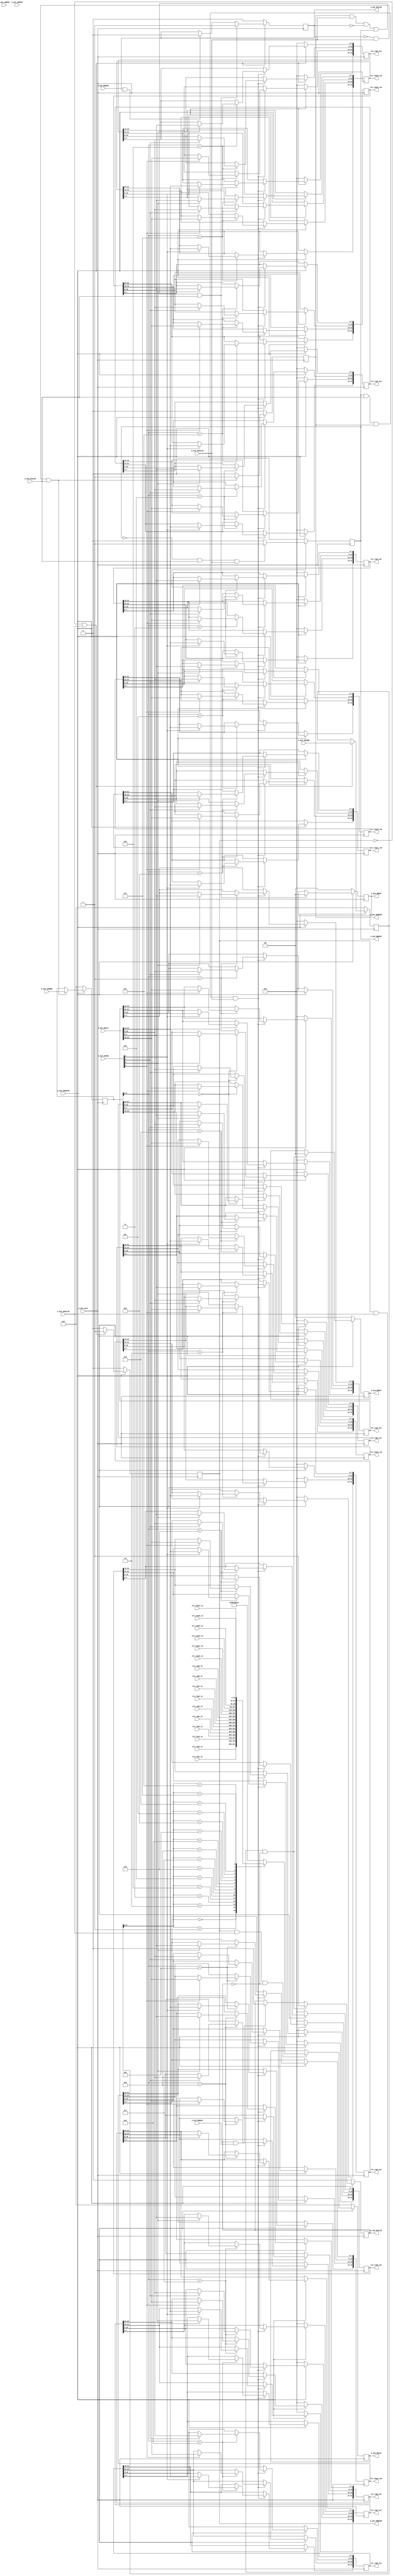

`timescale 1 ns / 1 ps

    module axi4lite_slave #
    (
        // Users to add parameters here

        // User parameters ends
        // Do not modify the parameters beyond this line

        // Width of S_AXI data bus
        parameter integer AXIS_DATA_WIDTH    = 32,
        // Width of S_AXI address bus
        parameter integer AXIS_ADDR_WIDTH    = 32
    )
    (
        // Users to add ports here
        input  wire [AXIS_DATA_WIDTH-1:0] slv_reg0_in,
        output reg  [AXIS_DATA_WIDTH-1:0] slv_reg0_out,

        input  wire [AXIS_DATA_WIDTH-1:0] slv_reg1_in,
        output reg  [AXIS_DATA_WIDTH-1:0] slv_reg1_out,

        input  wire [AXIS_DATA_WIDTH-1:0] slv_reg2_in,
        output reg  [AXIS_DATA_WIDTH-1:0] slv_reg2_out,

        input  wire [AXIS_DATA_WIDTH-1:0] slv_reg3_in,
        output reg  [AXIS_DATA_WIDTH-1:0] slv_reg3_out,

        input  wire [AXIS_DATA_WIDTH-1:0] slv_reg4_in,
        output reg  [AXIS_DATA_WIDTH-1:0] slv_reg4_out,

        input  wire [AXIS_DATA_WIDTH-1:0] slv_reg5_in,
        output reg  [AXIS_DATA_WIDTH-1:0] slv_reg5_out,

        input  wire [AXIS_DATA_WIDTH-1:0] slv_reg6_in,
        output reg  [AXIS_DATA_WIDTH-1:0] slv_reg6_out,

        input  wire [AXIS_DATA_WIDTH-1:0] slv_reg7_in,
        output reg  [AXIS_DATA_WIDTH-1:0] slv_reg7_out,

        input  wire [AXIS_DATA_WIDTH-1:0] slv_reg8_in,
        output reg  [AXIS_DATA_WIDTH-1:0] slv_reg8_out,

        input  wire [AXIS_DATA_WIDTH-1:0] slv_reg9_in,
        output reg  [AXIS_DATA_WIDTH-1:0] slv_reg9_out,

        input  wire [AXIS_DATA_WIDTH-1:0] slv_reg10_in,
        output reg  [AXIS_DATA_WIDTH-1:0] slv_reg10_out,

        input  wire [AXIS_DATA_WIDTH-1:0] slv_reg11_in,
        output reg  [AXIS_DATA_WIDTH-1:0] slv_reg11_out,

        input  wire [AXIS_DATA_WIDTH-1:0] slv_reg12_in,
        output reg  [AXIS_DATA_WIDTH-1:0] slv_reg12_out,

        input  wire [AXIS_DATA_WIDTH-1:0] slv_reg13_in,
        output reg  [AXIS_DATA_WIDTH-1:0] slv_reg13_out,

        input  wire [AXIS_DATA_WIDTH-1:0] slv_reg14_in,
        output reg  [AXIS_DATA_WIDTH-1:0] slv_reg14_out,

        input  wire [AXIS_DATA_WIDTH-1:0] slv_reg15_in,
        output reg  [AXIS_DATA_WIDTH-1:0] slv_reg15_out,

        // User ports ends
        // Do not modify the ports beyond this line

        // Global Clock Signal
        input wire  S_AXI_ACLK,
        // Global Reset Signal. This Signal is Active LOW
        input wire  S_AXI_ARESETN,
        // Write address (issued by master, acceped by Slave)
        input wire [AXIS_ADDR_WIDTH-1 : 0] S_AXI_AWADDR,
        // Write channel Protection type. This signal indicates the
            // privilege and security level of the transaction, and whether
            // the transaction is a data access or an instruction access.
        input wire [2 : 0] S_AXI_AWPROT,
        // Write address valid. This signal indicates that the master signaling
            // valid write address and control information.
        input wire  S_AXI_AWVALID,
        // Write address ready. This signal indicates that the slave is ready
            // to accept an address and associated control signals.
        output wire  S_AXI_AWREADY,
        // Write data (issued by master, acceped by Slave)
        input wire [AXIS_DATA_WIDTH-1 : 0] S_AXI_WDATA,
        // Write strobes. This signal indicates which byte lanes hold
            // valid data. There is one write strobe bit for each eight
            // bits of the write data bus.
        input wire [(AXIS_DATA_WIDTH/8)-1 : 0] S_AXI_WSTRB,
        // Write valid. This signal indicates that valid write
            // data and strobes are available.
        input wire  S_AXI_WVALID,
        // Write ready. This signal indicates that the slave
            // can accept the write data.
        output wire  S_AXI_WREADY,
        // Write response. This signal indicates the status
            // of the write transaction.
        output wire [1 : 0] S_AXI_BRESP,
        // Write response valid. This signal indicates that the channel
            // is signaling a valid write response.
        output wire  S_AXI_BVALID,
        // Response ready. This signal indicates that the master
            // can accept a write response.
        input wire  S_AXI_BREADY,
        // Read address (issued by master, acceped by Slave)
        input wire [AXIS_ADDR_WIDTH-1 : 0] S_AXI_ARADDR,
        // Protection type. This signal indicates the privilege
            // and security level of the transaction, and whether the
            // transaction is a data access or an instruction access.
        input wire [2 : 0] S_AXI_ARPROT,
        // Read address valid. This signal indicates that the channel
            // is signaling valid read address and control information.
        input wire  S_AXI_ARVALID,
        // Read address ready. This signal indicates that the slave is
            // ready to accept an address and associated control signals.
        output wire  S_AXI_ARREADY,
        // Read data (issued by slave)
        output wire [AXIS_DATA_WIDTH-1 : 0] S_AXI_RDATA,
        // Read response. This signal indicates the status of the
            // read transfer.
        output wire [1 : 0] S_AXI_RRESP,
        // Read valid. This signal indicates that the channel is
            // signaling the required read data.
        output wire  S_AXI_RVALID,
        // Read ready. This signal indicates that the master can
            // accept the read data and response information.
        input wire  S_AXI_RREADY
    );

    // AXI4LITE signals
    reg [AXIS_ADDR_WIDTH-1 : 0]     axi_awaddr;
    reg      axi_awready;
    reg      axi_wready;
    reg [1 : 0]     axi_bresp;
    reg      axi_bvalid;
    reg [AXIS_ADDR_WIDTH-1 : 0]     axi_araddr;
    reg      axi_arready;
    reg [AXIS_DATA_WIDTH-1 : 0]     axi_rdata;
    reg [1 : 0]     axi_rresp;
    reg      axi_rvalid;


    reg [AXIS_DATA_WIDTH-1:0]    slv_reg0_d;

    // Example-specific design signals
    // local parameter for addressing 32 bit / 64 bit AXIS_DATA_WIDTH
    // ADDR_LSB is used for addressing 32/64 bit registers/memories
    // ADDR_LSB = 2 for 32 bits (n downto 2)
    // ADDR_LSB = 3 for 64 bits (n downto 3)
    localparam integer ADDR_LSB = (AXIS_DATA_WIDTH/32) + 1;
    localparam integer OPT_MEM_ADDR_BITS = 4;
    //----------------------------------------------
    //-- Signals for user logic register space example
    //------------------------------------------------
    //-- Number of Slave Registers 8
    //reg [AXIS_DATA_WIDTH-1:0]    slv_reg0;
    //reg [AXIS_DATA_WIDTH-1:0]    slv_reg1;
    //reg [AXIS_DATA_WIDTH-1:0]    slv_reg2;
    //reg [AXIS_DATA_WIDTH-1:0]    slv_reg3;
    //reg [AXIS_DATA_WIDTH-1:0]    slv_reg4;
    //reg [AXIS_DATA_WIDTH-1:0]    slv_reg5;
    //reg [AXIS_DATA_WIDTH-1:0]    slv_reg6;
    //reg [AXIS_DATA_WIDTH-1:0]    slv_reg7;
    wire     slv_reg_rden;
    wire     slv_reg_wren;
    reg [AXIS_DATA_WIDTH-1:0]     reg_data_out;
    integer     byte_index;

    // Invoke the accelerator
    //reg [AXIS_DATA_WIDTH-1:0]    num_transactions;
//    reg     num_transactions;
    // I/O Connections assignments

    assign S_AXI_AWREADY    = axi_awready;
    assign S_AXI_WREADY    = axi_wready;
    assign S_AXI_BRESP    = axi_bresp;
    assign S_AXI_BVALID    = axi_bvalid;
    assign S_AXI_ARREADY    = axi_arready;
    assign S_AXI_RDATA    = axi_rdata;
    assign S_AXI_RRESP    = axi_rresp;
    assign S_AXI_RVALID    = axi_rvalid;
    // Implement axi_awready generation
    // axi_awready is asserted for one S_AXI_ACLK clock cycle when both
    // S_AXI_AWVALID and S_AXI_WVALID are asserted. axi_awready is
    // de-asserted when reset is low.

    always @( posedge S_AXI_ACLK )
    begin
      if ( S_AXI_ARESETN == 1'b0 )
        begin
          axi_awready <= 1'b0;
        end
      else
        begin
          if (~axi_awready && S_AXI_AWVALID && S_AXI_WVALID)
            begin
              // slave is ready to accept write address when
              // there is a valid write address and write data
              // on the write address and data bus. This design
              // expects no outstanding transactions.
              axi_awready <= 1'b1;
            end
          else
            begin
              axi_awready <= 1'b0;
            end
        end
    end

    // Implement axi_awaddr latching
    // This process is used to latch the address when both
    // S_AXI_AWVALID and S_AXI_WVALID are valid.

    always @( posedge S_AXI_ACLK )
    begin
      if ( S_AXI_ARESETN == 1'b0 )
        begin
          axi_awaddr <= 0;
        end
      else
        begin
          if (~axi_awready && S_AXI_AWVALID && S_AXI_WVALID)
            begin
              // Write Address latching
              axi_awaddr <= S_AXI_AWADDR;
            end
        end
    end

    // Implement axi_wready generation
    // axi_wready is asserted for one S_AXI_ACLK clock cycle when both
    // S_AXI_AWVALID and S_AXI_WVALID are asserted. axi_wready is
    // de-asserted when reset is low.

    always @( posedge S_AXI_ACLK )
    begin
      if ( S_AXI_ARESETN == 1'b0 )
        begin
          axi_wready <= 1'b0;
        end
      else
        begin
          if (~axi_wready && S_AXI_WVALID && S_AXI_AWVALID)
            begin
              // slave is ready to accept write data when
              // there is a valid write address and write data
              // on the write address and data bus. This design
              // expects no outstanding transactions.
              axi_wready <= 1'b1;
            end
          else
            begin
              axi_wready <= 1'b0;
            end
        end
    end

    // Implement memory mapped register select and write logic generation
    // The write data is accepted and written to memory mapped registers when
    // axi_awready, S_AXI_WVALID, axi_wready and S_AXI_WVALID are asserted. Write strobes are used to
    // select byte enables of slave registers while writing.
    // These registers are cleared when reset (active low) is applied.
    // Slave register write enable is asserted when valid address and data are available
    // and the slave is ready to accept the write address and write data.
    assign slv_reg_wren = axi_wready && S_AXI_WVALID && axi_awready && S_AXI_AWVALID;

    always @( posedge S_AXI_ACLK )
    begin
      if ( S_AXI_ARESETN == 1'b0 )
        begin
          slv_reg0_out <= 0;
          slv_reg1_out <= 0;
          slv_reg2_out <= 0;
          slv_reg3_out <= 0;
          slv_reg4_out <= 0;
          slv_reg5_out <= 0;
          slv_reg6_out <= 0;
          slv_reg7_out <= 0;
        end
      else begin
        if (slv_reg_wren)
          begin
            case ( axi_awaddr[ADDR_LSB+OPT_MEM_ADDR_BITS:ADDR_LSB] )
              4'd0:
                for ( byte_index = 0; byte_index <= (AXIS_DATA_WIDTH/8)-1; byte_index = byte_index+1 )
                  if ( S_AXI_WSTRB[byte_index] == 1 ) begin
                    // Respective byte enables are asserted as per write strobes
                    // Slave register 0
                    slv_reg0_out[(byte_index*8) +: 8] <= S_AXI_WDATA[(byte_index*8) +: 8];
                  end
              4'd1:
                for ( byte_index = 0; byte_index <= (AXIS_DATA_WIDTH/8)-1; byte_index = byte_index+1 )
                  if ( S_AXI_WSTRB[byte_index] == 1 ) begin
                    // Respective byte enables are asserted as per write strobes
                    // Slave register 1
                    slv_reg1_out[(byte_index*8) +: 8] <= S_AXI_WDATA[(byte_index*8) +: 8];
                  end
              4'd2:
                for ( byte_index = 0; byte_index <= (AXIS_DATA_WIDTH/8)-1; byte_index = byte_index+1 )
                  if ( S_AXI_WSTRB[byte_index] == 1 ) begin
                    // Respective byte enables are asserted as per write strobes
                    // Slave register 2
                    slv_reg2_out[(byte_index*8) +: 8] <= S_AXI_WDATA[(byte_index*8) +: 8];
                  end
              4'd3:
                for ( byte_index = 0; byte_index <= (AXIS_DATA_WIDTH/8)-1; byte_index = byte_index+1 )
                  if ( S_AXI_WSTRB[byte_index] == 1 ) begin
                    // Respective byte enables are asserted as per write strobes
                    // Slave register 3
                    slv_reg3_out[(byte_index*8) +: 8] <= S_AXI_WDATA[(byte_index*8) +: 8];
                  end
              4'd4:
                for ( byte_index = 0; byte_index <= (AXIS_DATA_WIDTH/8)-1; byte_index = byte_index+1 )
                  if ( S_AXI_WSTRB[byte_index] == 1 ) begin
                    // Respective byte enables are asserted as per write strobes
                    // Slave register 4
                    slv_reg4_out[(byte_index*8) +: 8] <= S_AXI_WDATA[(byte_index*8) +: 8];
                  end
              4'd5:
                for ( byte_index = 0; byte_index <= (AXIS_DATA_WIDTH/8)-1; byte_index = byte_index+1 )
                  if ( S_AXI_WSTRB[byte_index] == 1 ) begin
                    // Respective byte enables are asserted as per write strobes
                    // Slave register 5
                    slv_reg5_out[(byte_index*8) +: 8] <= S_AXI_WDATA[(byte_index*8) +: 8];
                  end
              4'd6:
                for ( byte_index = 0; byte_index <= (AXIS_DATA_WIDTH/8)-1; byte_index = byte_index+1 )
                  if ( S_AXI_WSTRB[byte_index] == 1 ) begin
                    // Respective byte enables are asserted as per write strobes
                    // Slave register 6
                    slv_reg6_out[(byte_index*8) +: 8] <= S_AXI_WDATA[(byte_index*8) +: 8];
                  end
              4'd7:
                for ( byte_index = 0; byte_index <= (AXIS_DATA_WIDTH/8)-1; byte_index = byte_index+1 )
                  if ( S_AXI_WSTRB[byte_index] == 1 ) begin
                    // Respective byte enables are asserted as per write strobes
                    // Slave register 7
                    slv_reg7_out[(byte_index*8) +: 8] <= S_AXI_WDATA[(byte_index*8) +: 8];
                  end
              4'd8:
                for ( byte_index = 0; byte_index <= (AXIS_DATA_WIDTH/8)-1; byte_index = byte_index+1 )
                  if ( S_AXI_WSTRB[byte_index] == 1 ) begin
                    // Respective byte enables are asserted as per write strobes
                    // Slave register 0
                    slv_reg8_out[(byte_index*8) +: 8] <= S_AXI_WDATA[(byte_index*8) +: 8];
                  end
              4'd9:
                for ( byte_index = 0; byte_index <= (AXIS_DATA_WIDTH/8)-1; byte_index = byte_index+1 )
                  if ( S_AXI_WSTRB[byte_index] == 1 ) begin
                    // Respective byte enables are asserted as per write strobes
                    // Slave register 1
                    slv_reg9_out[(byte_index*8) +: 8] <= S_AXI_WDATA[(byte_index*8) +: 8];
                  end
              4'd10:
                for ( byte_index = 0; byte_index <= (AXIS_DATA_WIDTH/8)-1; byte_index = byte_index+1 )
                  if ( S_AXI_WSTRB[byte_index] == 1 ) begin
                    // Respective byte enables are asserted as per write strobes
                    // Slave register 2
                    slv_reg10_out[(byte_index*8) +: 8] <= S_AXI_WDATA[(byte_index*8) +: 8];
                  end
              4'd11:
                for ( byte_index = 0; byte_index <= (AXIS_DATA_WIDTH/8)-1; byte_index = byte_index+1 )
                  if ( S_AXI_WSTRB[byte_index] == 1 ) begin
                    // Respective byte enables are asserted as per write strobes
                    // Slave register 3
                    slv_reg11_out[(byte_index*8) +: 8] <= S_AXI_WDATA[(byte_index*8) +: 8];
                  end
              4'd12:
                for ( byte_index = 0; byte_index <= (AXIS_DATA_WIDTH/8)-1; byte_index = byte_index+1 )
                  if ( S_AXI_WSTRB[byte_index] == 1 ) begin
                    // Respective byte enables are asserted as per write strobes
                    // Slave register 4
                    slv_reg12_out[(byte_index*8) +: 8] <= S_AXI_WDATA[(byte_index*8) +: 8];
                  end
              4'd13:
                for ( byte_index = 0; byte_index <= (AXIS_DATA_WIDTH/8)-1; byte_index = byte_index+1 )
                  if ( S_AXI_WSTRB[byte_index] == 1 ) begin
                    // Respective byte enables are asserted as per write strobes
                    // Slave register 5
                    slv_reg13_out[(byte_index*8) +: 8] <= S_AXI_WDATA[(byte_index*8) +: 8];
                  end
              4'd14:
                for ( byte_index = 0; byte_index <= (AXIS_DATA_WIDTH/8)-1; byte_index = byte_index+1 )
                  if ( S_AXI_WSTRB[byte_index] == 1 ) begin
                    // Respective byte enables are asserted as per write strobes
                    // Slave register 6
                    slv_reg14_out[(byte_index*8) +: 8] <= S_AXI_WDATA[(byte_index*8) +: 8];
                  end
              4'd15:
                for ( byte_index = 0; byte_index <= (AXIS_DATA_WIDTH/8)-1; byte_index = byte_index+1 )
                  if ( S_AXI_WSTRB[byte_index] == 1 ) begin
                    // Respective byte enables are asserted as per write strobes
                    // Slave register 7
                    slv_reg15_out[(byte_index*8) +: 8] <= S_AXI_WDATA[(byte_index*8) +: 8];
                  end
              default : begin
                          slv_reg0_out <= slv_reg0_out;
                          slv_reg1_out <= slv_reg1_out;
                          slv_reg2_out <= slv_reg2_out;
                          slv_reg3_out <= slv_reg3_out;
                          slv_reg4_out <= slv_reg4_out;
                          slv_reg5_out <= slv_reg5_out;
                          slv_reg6_out <= slv_reg6_out;
                          slv_reg7_out <= slv_reg7_out;
                        end
            endcase
          end
      end
    end

    // Implement write response logic generation
    // The write response and response valid signals are asserted by the slave
    // when axi_wready, S_AXI_WVALID, axi_wready and S_AXI_WVALID are asserted.
    // This marks the acceptance of address and indicates the status of
    // write transaction.

    always @( posedge S_AXI_ACLK )
    begin
      if ( S_AXI_ARESETN == 1'b0 )
        begin
          axi_bvalid  <= 0;
          axi_bresp   <= 2'b0;
        end
      else
        begin
          if (axi_awready && S_AXI_AWVALID && ~axi_bvalid && axi_wready && S_AXI_WVALID)
            begin
              // indicates a valid write response is available
              axi_bvalid <= 1'b1;
              axi_bresp  <= 2'b0; // 'OKAY' response
            end                   // work error responses in future
          else
            begin
              if (S_AXI_BREADY && axi_bvalid)
                //check if bready is asserted while bvalid is high)
                //(there is a possibility that bready is always asserted high)
                begin
                  axi_bvalid <= 1'b0;
                end
            end
        end
    end

    // Implement axi_arready generation
    // axi_arready is asserted for one S_AXI_ACLK clock cycle when
    // S_AXI_ARVALID is asserted. axi_awready is
    // de-asserted when reset (active low) is asserted.
    // The read address is also latched when S_AXI_ARVALID is
    // asserted. axi_araddr is reset to zero on reset assertion.

    always @( posedge S_AXI_ACLK )
    begin
      if ( S_AXI_ARESETN == 1'b0 )
        begin
          axi_arready <= 1'b0;
          axi_araddr  <= 32'b0;
        end
      else
        begin
          if (~axi_arready && S_AXI_ARVALID)
            begin
              // indicates that the slave has acceped the valid read address
              axi_arready <= 1'b1;
              // Read address latching
              axi_araddr  <= S_AXI_ARADDR;
            end
          else
            begin
              axi_arready <= 1'b0;
            end
        end
    end

    // Implement axi_arvalid generation
    // axi_rvalid is asserted for one S_AXI_ACLK clock cycle when both
    // S_AXI_ARVALID and axi_arready are asserted. The slave registers
    // data are available on the axi_rdata bus at this instance. The
    // assertion of axi_rvalid marks the validity of read data on the
    // bus and axi_rresp indicates the status of read transaction.axi_rvalid
    // is deasserted on reset (active low). axi_rresp and axi_rdata are
    // cleared to zero on reset (active low).
    always @( posedge S_AXI_ACLK )
    begin
      if ( S_AXI_ARESETN == 1'b0 )
        begin
          axi_rvalid <= 0;
          axi_rresp  <= 0;
        end
      else
        begin
          if (axi_arready && S_AXI_ARVALID && ~axi_rvalid)
            begin
              // Valid read data is available at the read data bus
              axi_rvalid <= 1'b1;
              axi_rresp  <= 2'b0; // 'OKAY' response
            end
          else if (axi_rvalid && S_AXI_RREADY)
            begin
              // Read data is accepted by the master
              axi_rvalid <= 1'b0;
            end
        end
    end

    // Implement memory mapped register select and read logic generation
    // Slave register read enable is asserted when valid address is available
    // and the slave is ready to accept the read address.
    assign slv_reg_rden = axi_arready & S_AXI_ARVALID & ~axi_rvalid;
    always @(*)
    begin
          // Address decoding for reading registers
          case ( axi_araddr[ADDR_LSB+OPT_MEM_ADDR_BITS:ADDR_LSB] )

            4'd0    : reg_data_out <= slv_reg0_in;
            4'd1    : reg_data_out <= slv_reg1_in;
            4'd2    : reg_data_out <= slv_reg2_in;
            4'd3    : reg_data_out <= slv_reg3_in;
            4'd4    : reg_data_out <= slv_reg4_in;
            4'd5    : reg_data_out <= slv_reg5_in;
            4'd6    : reg_data_out <= slv_reg6_in;
            4'd7    : reg_data_out <= slv_reg7_in;

            4'd8    : reg_data_out <= slv_reg8_in;
            4'd9    : reg_data_out <= slv_reg9_in;
            4'd10   : reg_data_out <= slv_reg10_in;
            4'd11   : reg_data_out <= slv_reg11_in;
            4'd12   : reg_data_out <= slv_reg12_in;
            4'd13   : reg_data_out <= slv_reg13_in;
            4'd14   : reg_data_out <= slv_reg14_in;
            4'd15   : reg_data_out <= slv_reg15_in;

            default : reg_data_out <= 32'hDEADBEEF;

          endcase
    end

    // Output register or memory read data
    always @( posedge S_AXI_ACLK )
    begin
      if ( S_AXI_ARESETN == 1'b0 )
        begin
          axi_rdata  <= 0;
        end
      else
        begin
          // When there is a valid read address (S_AXI_ARVALID) with
          // acceptance of read address by the slave (axi_arready),
          // output the read dada
          if (slv_reg_rden)
            begin
              axi_rdata <= reg_data_out;     // register read data
            end
        end
    end

    endmodule